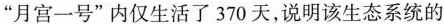
”月宫一号”内仅生活了370天，说明该生态系统的